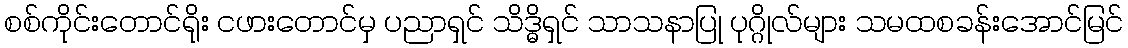
စစ်ကိုင်းတောင်ရိုး ငဖားတောင်မှ ပညာရှင် သိဒ္ဓိရှင် သာသနာပြု ပုဂ္ဂိုလ်များ သမထစခန်းအောင်မြင်